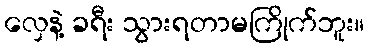
လှေနဲ့ ခရီး သွားရတာမကြိုက်ဘူး။